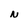
Character: N